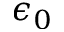
\epsilon _ { 0 }